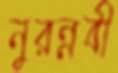
নুরন্নবী